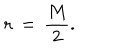
{ \bf r } \, = \, \frac { M } { 2 } .